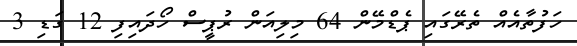
ހަފުތާއެއް ތެރޭގައި ޕެޑްމޭން 64 މިލިއަން ރުޕީސް ހޯދައިފި 12 ގަޑި 3